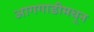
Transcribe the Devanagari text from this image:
आगगाडीमधून